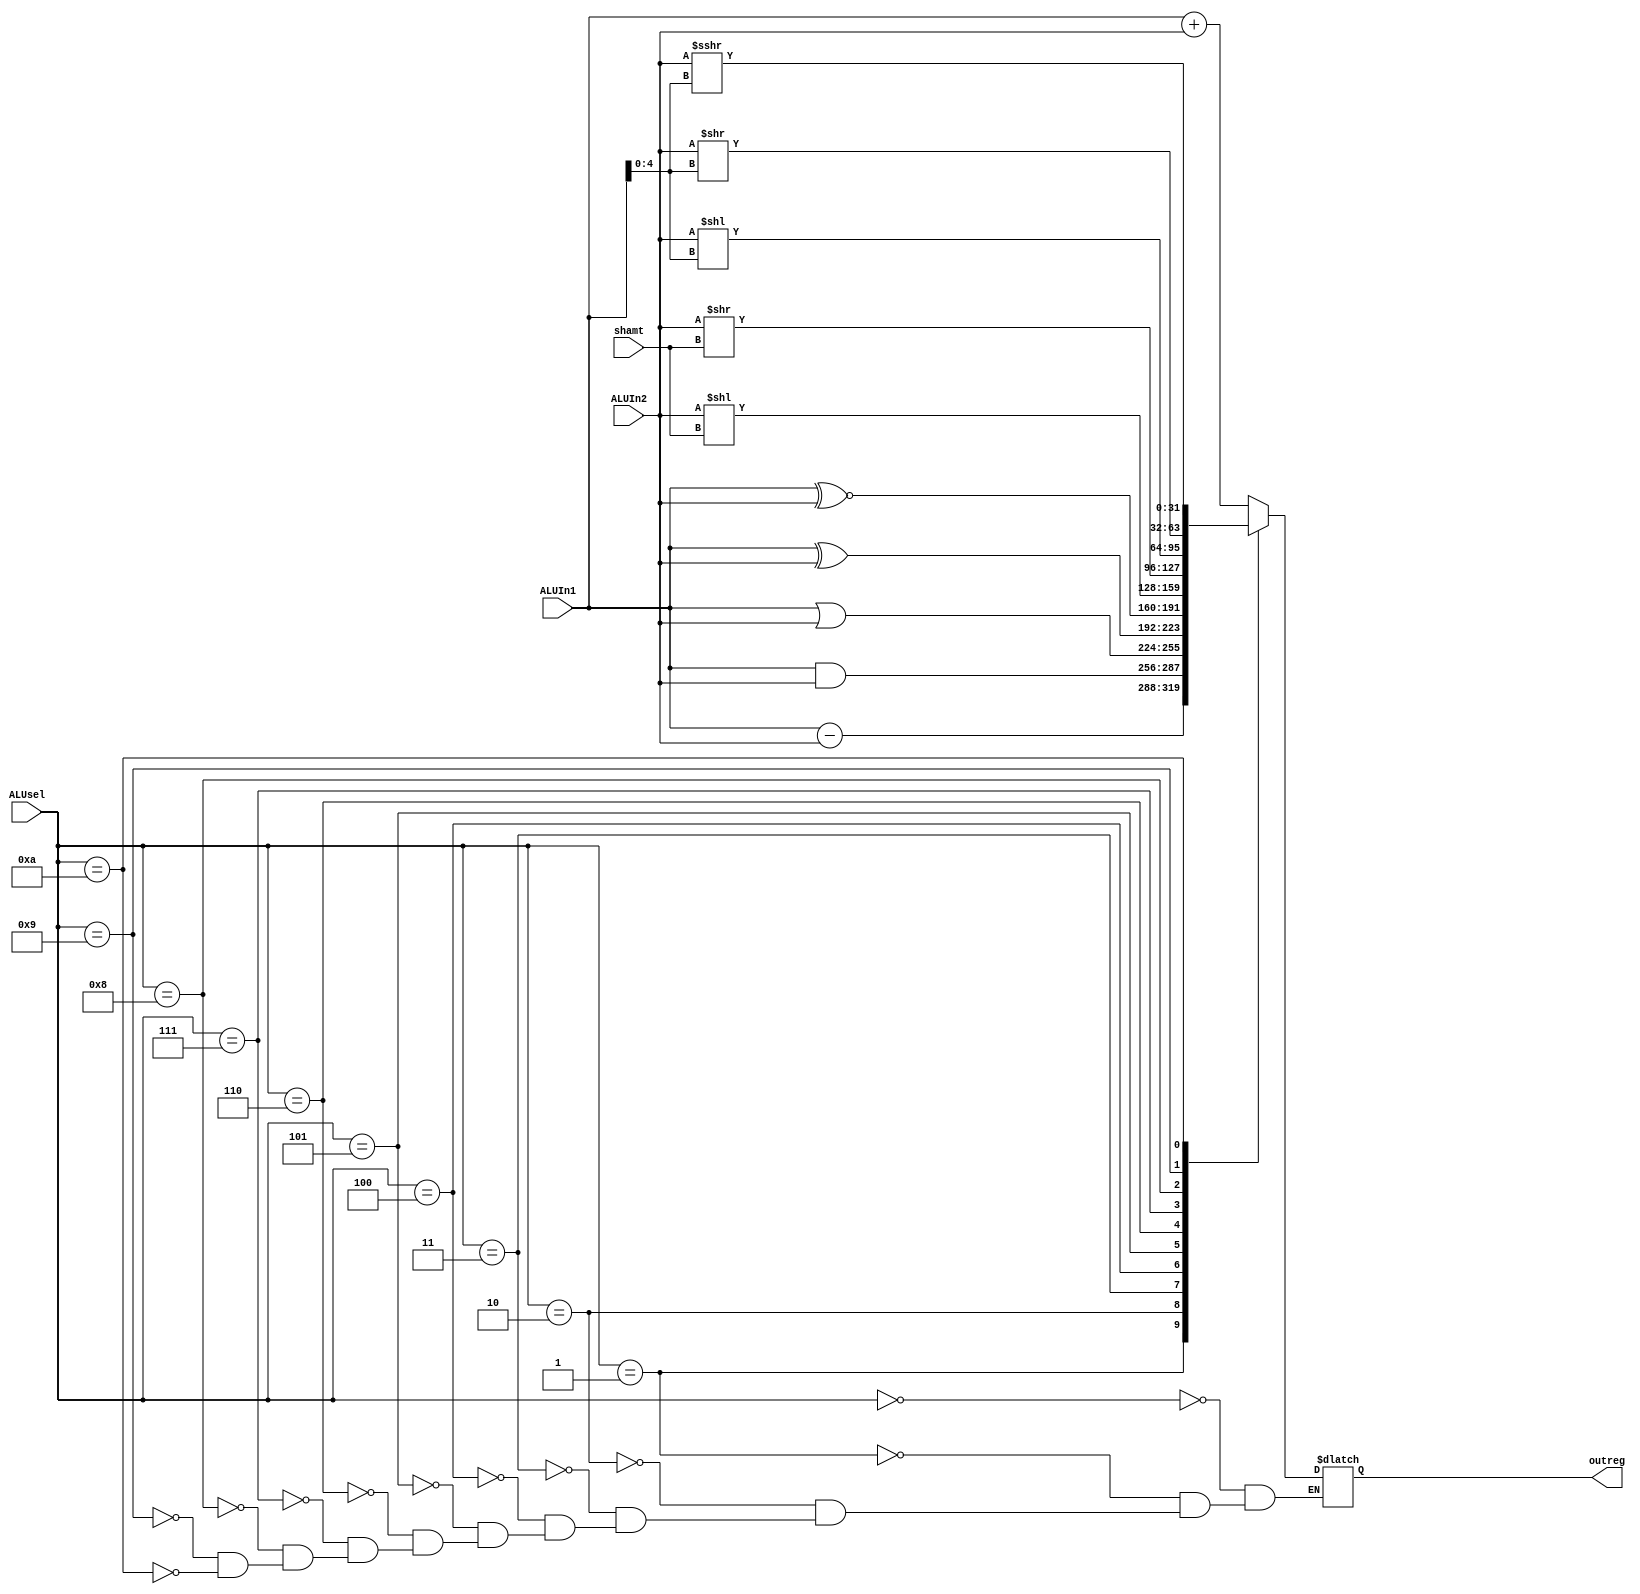
`timescale 1ns / 1ps
//////////////////////////////////////////////////////////////////////////////////
// Company: 
// Engineer: 
// 
// Design Name: 
// Module Name: ALU
// Project Name: 
// Target Devices: 
// Tool Versions: 
// Description: 
// 
// Dependencies: 
// 
// Revision:
// Revision 0.01 - File Created
// Additional Comments:
// 
//////////////////////////////////////////////////////////////////////////////////
//ALU #(.sizeVal(32)) Alu (.ALUIn1(ALUIn1E), .ALUIn2(ALUIn2E), .ALUsel(ALUSelE), .shamt(shamt), .outreg(ALUOutE));

module ALU #(parameter sizeVal = 32)(
input signed [sizeVal - 1:0] ALUIn1, ALUIn2,
input [3:0] ALUsel,
input [4:0] shamt,
output reg signed [sizeVal - 1:0] outreg
//output reg zeroflag
);

always @(*) begin
//zeroflag = (outreg == 0);
case(ALUsel)
4'b0000: //addition
outreg = ALUIn1 + ALUIn2;
4'b0001: //subtraction
outreg = ALUIn1 - ALUIn2;
4'b0010: //AND
outreg = ALUIn1 & ALUIn2;
4'b0011: //OR
outreg = ALUIn1 | ALUIn2;
4'b0100: //XOR
outreg = ALUIn1 ^ ALUIn2;
4'b0101: //XNor
outreg = ALUIn1 ~^ ALUIn2;
4'b0110: //logical left shift
outreg = ALUIn2<<shamt;
4'b0111: //logical right shift
outreg = ALUIn2>>shamt;
4'b1000: //variable left shift
outreg = ALUIn2<<ALUIn1[4:0];
4'b1001: //variable right shift
outreg = ALUIn2>>ALUIn1[4:0];
4'b1010: //arithmetic variable shift right
outreg = ALUIn2>>>ALUIn1[4:0];
endcase 
end
endmodule